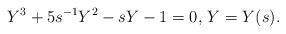
LaTeX: \begin{align*}Y^3+5s^{-1}Y^2-sY-1=0\textrm{, }Y=Y(s).\end{align*}